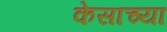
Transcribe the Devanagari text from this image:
केसाच्या